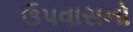
ઉપવાસનો